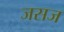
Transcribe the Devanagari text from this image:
जसज